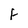
Character: F